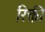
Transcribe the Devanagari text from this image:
रिक्ती